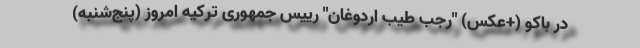
در باکو (+عکس) "رجب طیب اردوغان" رییس جمهوری ترکیه امروز (پنج‌شنبه)